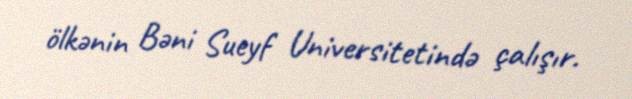
ölkənin Bəni Sueyf Universitetində çalışır.